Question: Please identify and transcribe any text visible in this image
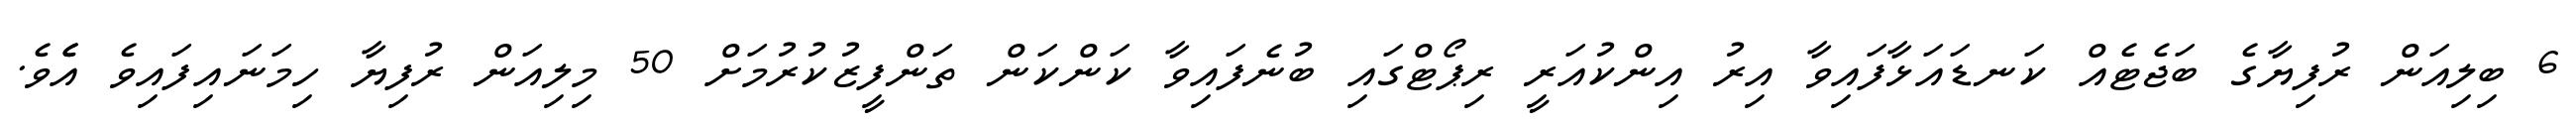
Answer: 6 ބިލިއަން ރުފިޔާގެ ބަޖެޓެއް ކަނޑައަޅާފައިވާ އިރު އިންކުއަރީ ރިޕޯޓްގައި ބުނެފައިވާ ކަންކަން ތަންފީޒުކުރުމަށް 50 މިލިއަން ރުފިޔާ ހިމަނައިފައިވެ އެެވެ.